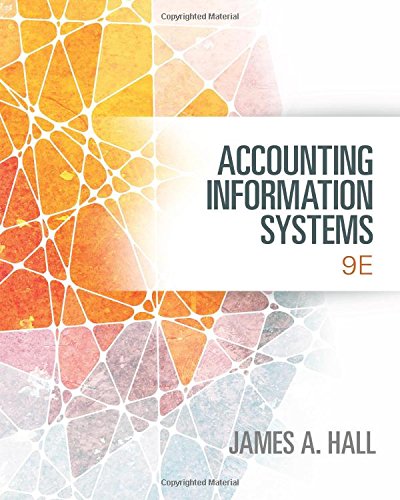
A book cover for Accounting Information Systems; James A. Hall; Computers & Technology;